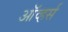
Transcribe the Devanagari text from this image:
ऑव्हर्स